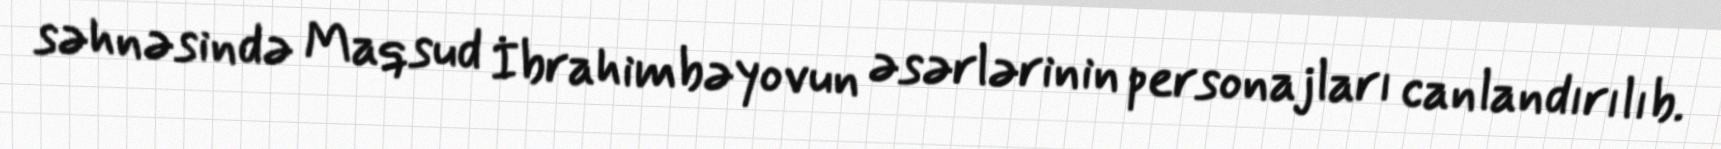
səhnəsində Maqsud İbrahimbəyovun əsərlərinin personajları canlandırılıb.